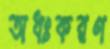
অধঃকরণ